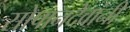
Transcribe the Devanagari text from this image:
सोपानदेवांनी